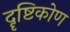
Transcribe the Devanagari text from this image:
दॄष्टिकोण